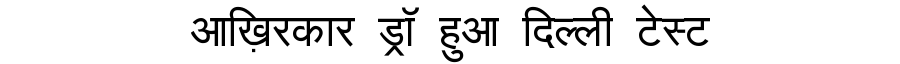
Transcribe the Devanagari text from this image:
आख़िरकार ड्रॉ हुआ दिल्ली टेस्ट